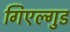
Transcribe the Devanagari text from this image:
गिएल्गुड